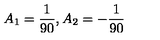
A _ { 1 } = { \frac { 1 } { 9 0 } } , A _ { 2 } = - { \frac { 1 } { 9 0 } }